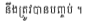
នឹងត្រូវបានបញ្ចប់ ។